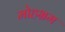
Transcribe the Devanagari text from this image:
मोहभ्रम